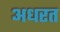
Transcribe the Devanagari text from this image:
अधरत